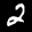
Label: 2